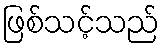
ဖြစ်သင့်သည်